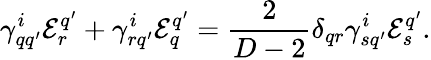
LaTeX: \gamma_{qq^{\prime}}^{i}{\cal E}_{r}^{q^{\prime}}+\gamma_{rq^{\prime}}^{i}{\cal E}_{q}^{q^{\prime}}={\frac{2}{D-2}}\delta_{qr}\gamma_{sq^{\prime}}^{i}{\cal E}_{s}^{q^{\prime}}.